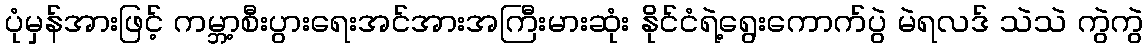
ပုံမှန်အားဖြင့် ကမ္ဘာ့စီးပွားရေးအင်အားအကြီးမားဆုံး နိုင်ငံရဲ့ရွေးကောက်ပွဲ မဲရလဒ် သဲသဲ ကွဲကွဲ